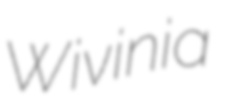
Wivinia